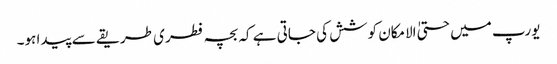
یورپ میں حتیٰ الامکان کوشش کی جاتی ہے کہ بچہ فطری طریقے سے پیدا ہو۔